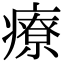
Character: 療